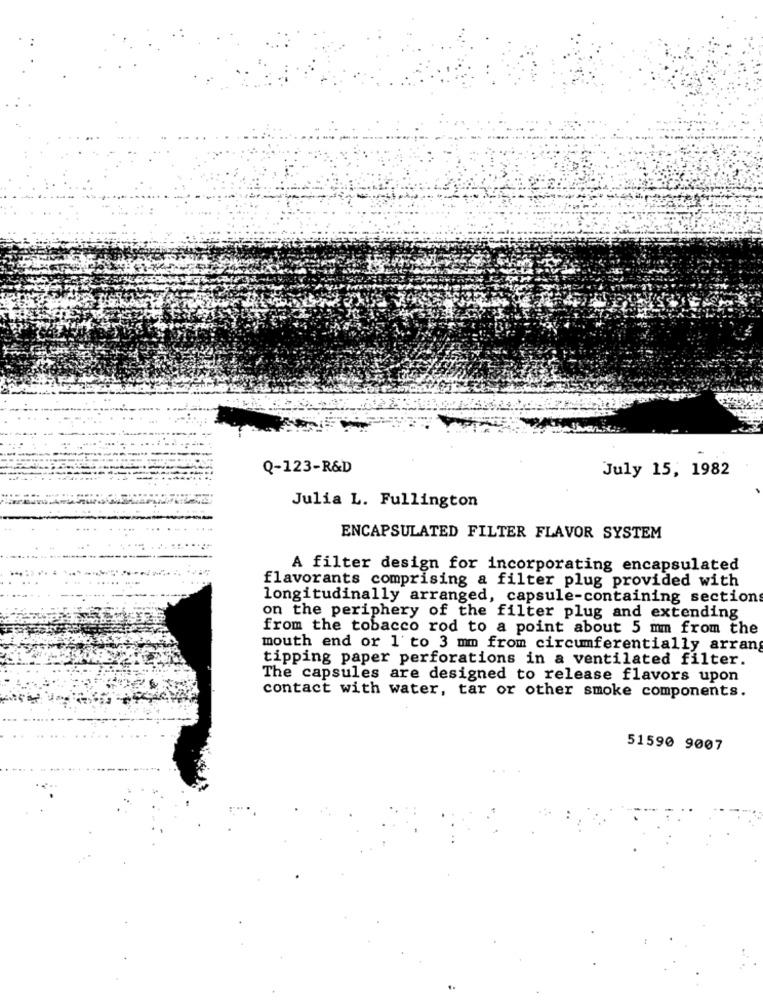
Q-123-R&D
July 15, 1982
Julia L. Fullington
ENCAPSULATED FILTER FLAVOR SYSTEM
A filter design for incorporating encapsulated
flavorants comprising a filter plug provided with
longitudinally arranged, capsule-containing sections
on the periphery of the filter plug and extending
from the tobacco rod to a point about 5 mm from the
mouth end or 1'to 3 mm from circumferentially arrang
tipping paper perforations in a ventilated filter.
The capsules are designed to release flavors upon
contact with water, tar or other smoke components.
51590 9007